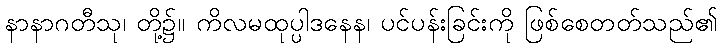
နာနာဂတီသု၊ တို့၌။ ကိလမထုပ္ပါဒနေန၊ ပင်ပန်းခြင်းကို ဖြစ်စေတတ်သည်၏